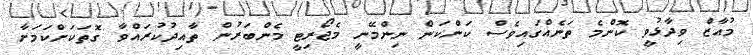
މުއާޒް ވިދާޅުވީ ކޮންމެ ތަނެއްގަައިވެސް ކަންކަން ނިންމޭނީ މެޖޯރިޓީ މެންބަރުން ތާއިދުކުރައްވާ ގޮތަކަށްކަމަށާ